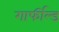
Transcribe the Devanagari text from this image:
गार्फील्ड